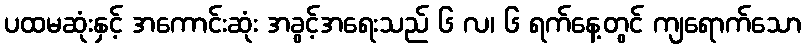
ပထမဆုံးနှင့် အကောင်းဆုံး အခွင့်အရေးသည် ၆ လ၊ ၆ ရက်နေ့တွင် ကျရောက်သော